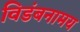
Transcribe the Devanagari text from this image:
विडंबनामय